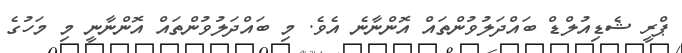
ޕްރީ ޝެޑިއުލްޑް ބައްދަލުވުންތައް އޮންނާނެ އެވެ. މި ބައްދަލުވުންތައް އޮންނާނީ މި މަހުގެ